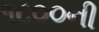
૧૮૦૦ની